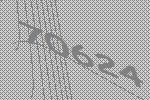
70624